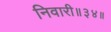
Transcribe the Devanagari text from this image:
निवारी॥३४॥